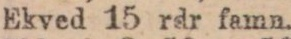
Ekved 15 rdr famn.